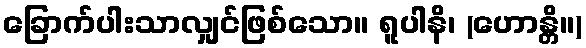
ခြောက်ပါးသာလျှင်ဖြစ်သော။ ရူပါနိ၊ (ဟောန္တိ။)